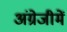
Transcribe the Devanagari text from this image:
अंग्रेजीमें